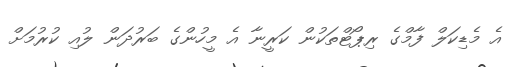
އެ މެޑިކަލް ފާމްގެ ރިޕޯޓްތަކުން ކަރީނާ އެ މީހުންގެ ބަރުދަން ލުއި ކުރުމަށް